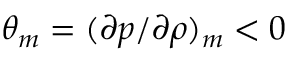
{ \theta _ { m } } = { ( \partial p / \partial \rho ) _ { m } } < 0